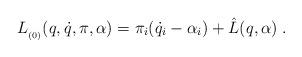
LaTeX: \begin{align*}L_{_{(0)}}(q,\dot{q},\pi ,\alpha )=\pi _i(\dot{q}_i-\alpha _i)+\hat{L}(q,\alpha )\;.\end{align*}